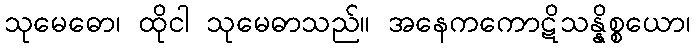
သုမေဓော၊ ထိုငါ သုမေဓာသည်။ အနေကကောဋိသန္နိစ္စယော၊